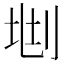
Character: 𠜩